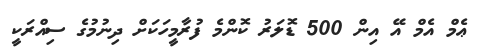
ޢެމް އެމް އޭ އިން 500 ޑޮލަރު ކޮންމެ ފުރާމީހަކަށް ދިނުމުގެ ސިއްރަކީ